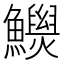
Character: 𩼾